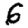
Digit: 6